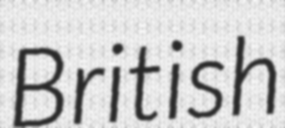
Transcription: British